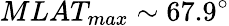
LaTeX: MLAT_{max}\sim 67.9^{\circ}